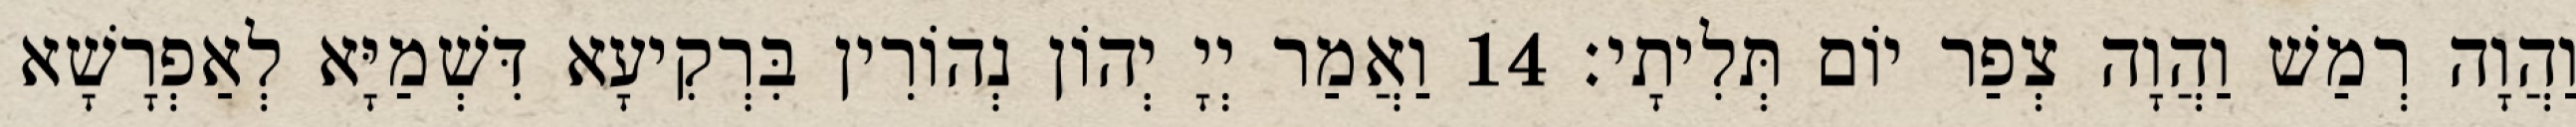
וַהֲוָה רְמַשׁ וַהֲוָה צְפַר יוֹם תְּלִיתָי׃ 14 וַאֲמַר יְיָ יְהוֹן נְהוֹרִין בִּרְקִיעָא דִּשְׁמַיָּא לְאַפְרָשָׁא